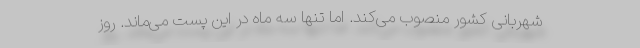
شهربانی کشور منصوب می‌کند. اما تنها سه ماه در این پست می‌ماند. روز